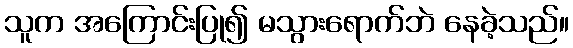
သူက အကြောင်းပြု၍ မသွားရောက်ဘဲ နေခဲ့သည်။